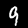
Label: 9